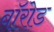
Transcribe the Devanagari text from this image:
बॉरोड